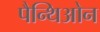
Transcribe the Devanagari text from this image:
पैन्थिओन